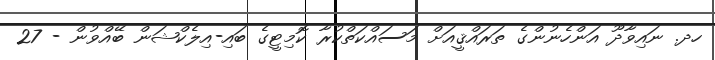
ހދ. ނައިވާދޫ އަންހެނުންގެ ތަރައްޤީއަށް މަސައްކަތްކުރާ ކޮމިޓީގެ ބައި-އިލެކްޝަން ބޭއްވުން - 27